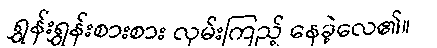
ရွှန်းရွှန်းစားစား လှမ်းကြည့် နေခဲ့လေ၏။